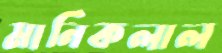
মানিকলাল